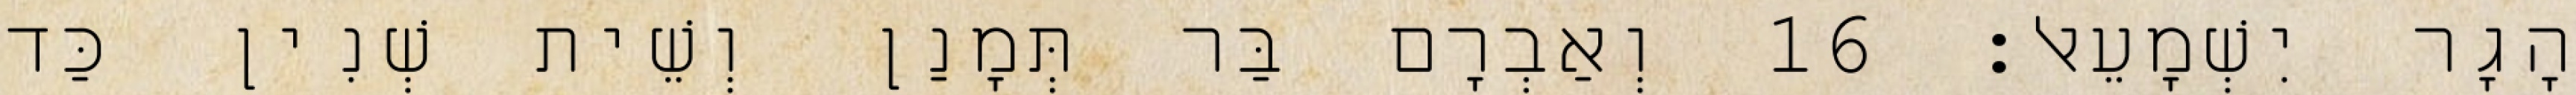
הָגָר יִשְׁמָעֵאל׃ 16 וְאַבְרָם בַּר תְּמָנַן וְשֵׁית שְׁנִין כַּד